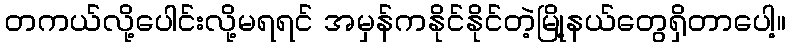
တကယ်လို့ပေါင်းလို့မရရင် အမှန်ကနိုင်နိုင်တဲ့မြို့နယ်တွေရှိတာပေါ့။